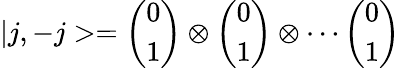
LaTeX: |j,-j>=\left(\begin{array}{c}{{0}}\\ {{1}}\end{array}\right)\otimes\left(\begin{array}{c}{{0}}\\ {{1}}\end{array}\right)\otimes\cdots\left(\begin{array}{c}{{0}}\\ {{1}}\end{array}\right)